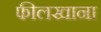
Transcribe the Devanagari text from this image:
फीलखाना